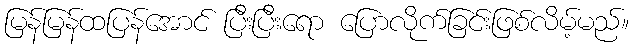
မြန်မြန်ထပြန်အောင် ပြီးပြီးရော ပြောလိုက်ခြင်းဖြစ်လိမ့်မည်။